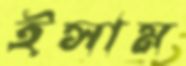
ইসাম